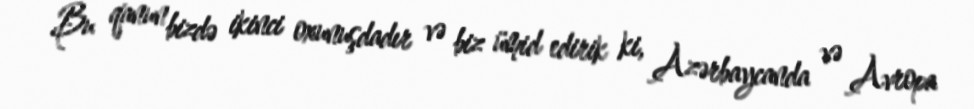
Bu qanun bizdə ikinci oxunuşdadır və biz ümid edirik ki, Azərbaycanda və Avropa